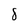
Character: 8